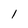
Character: l